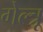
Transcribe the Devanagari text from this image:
गेल्त्रू